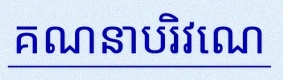
គណនាបរិវេណ